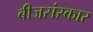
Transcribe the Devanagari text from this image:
बीजसंस्कार